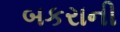
બકરાની